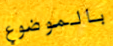
بالموضوع